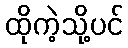
ထိုကဲ့သို့ပင်